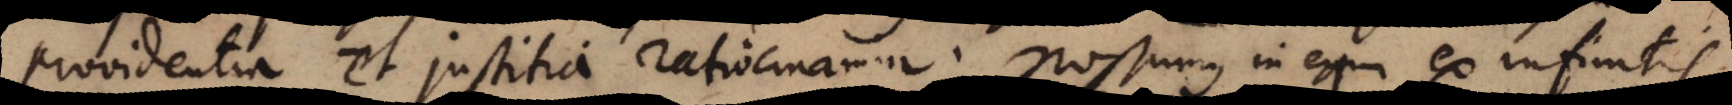
providentia et justitia ratiocinamur. Possumus in eam ex infinitis